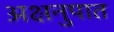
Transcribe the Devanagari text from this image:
अक्षनुपात